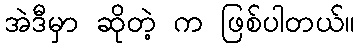
အဲဒီမှာ ဆိုတဲ့ က ဖြစ်ပါတယ်။